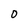
Character: 0